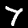
Label: 7